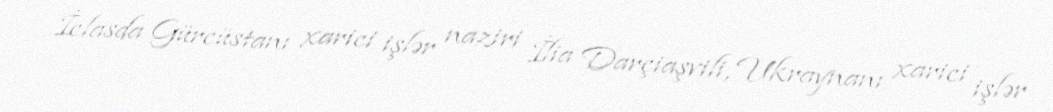
İclasda Gürcüstanı xarici işlər naziri İlia Darçiaşvili, Ukraynanı xarici işlər